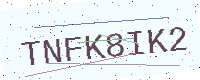
Text: TNFK8IK2